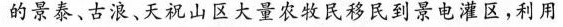
的景泰、古浪、天祝山区大量农牧民移民到景电灌区，利用